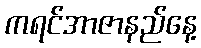
ကရင်အာဇာနည်နေ့